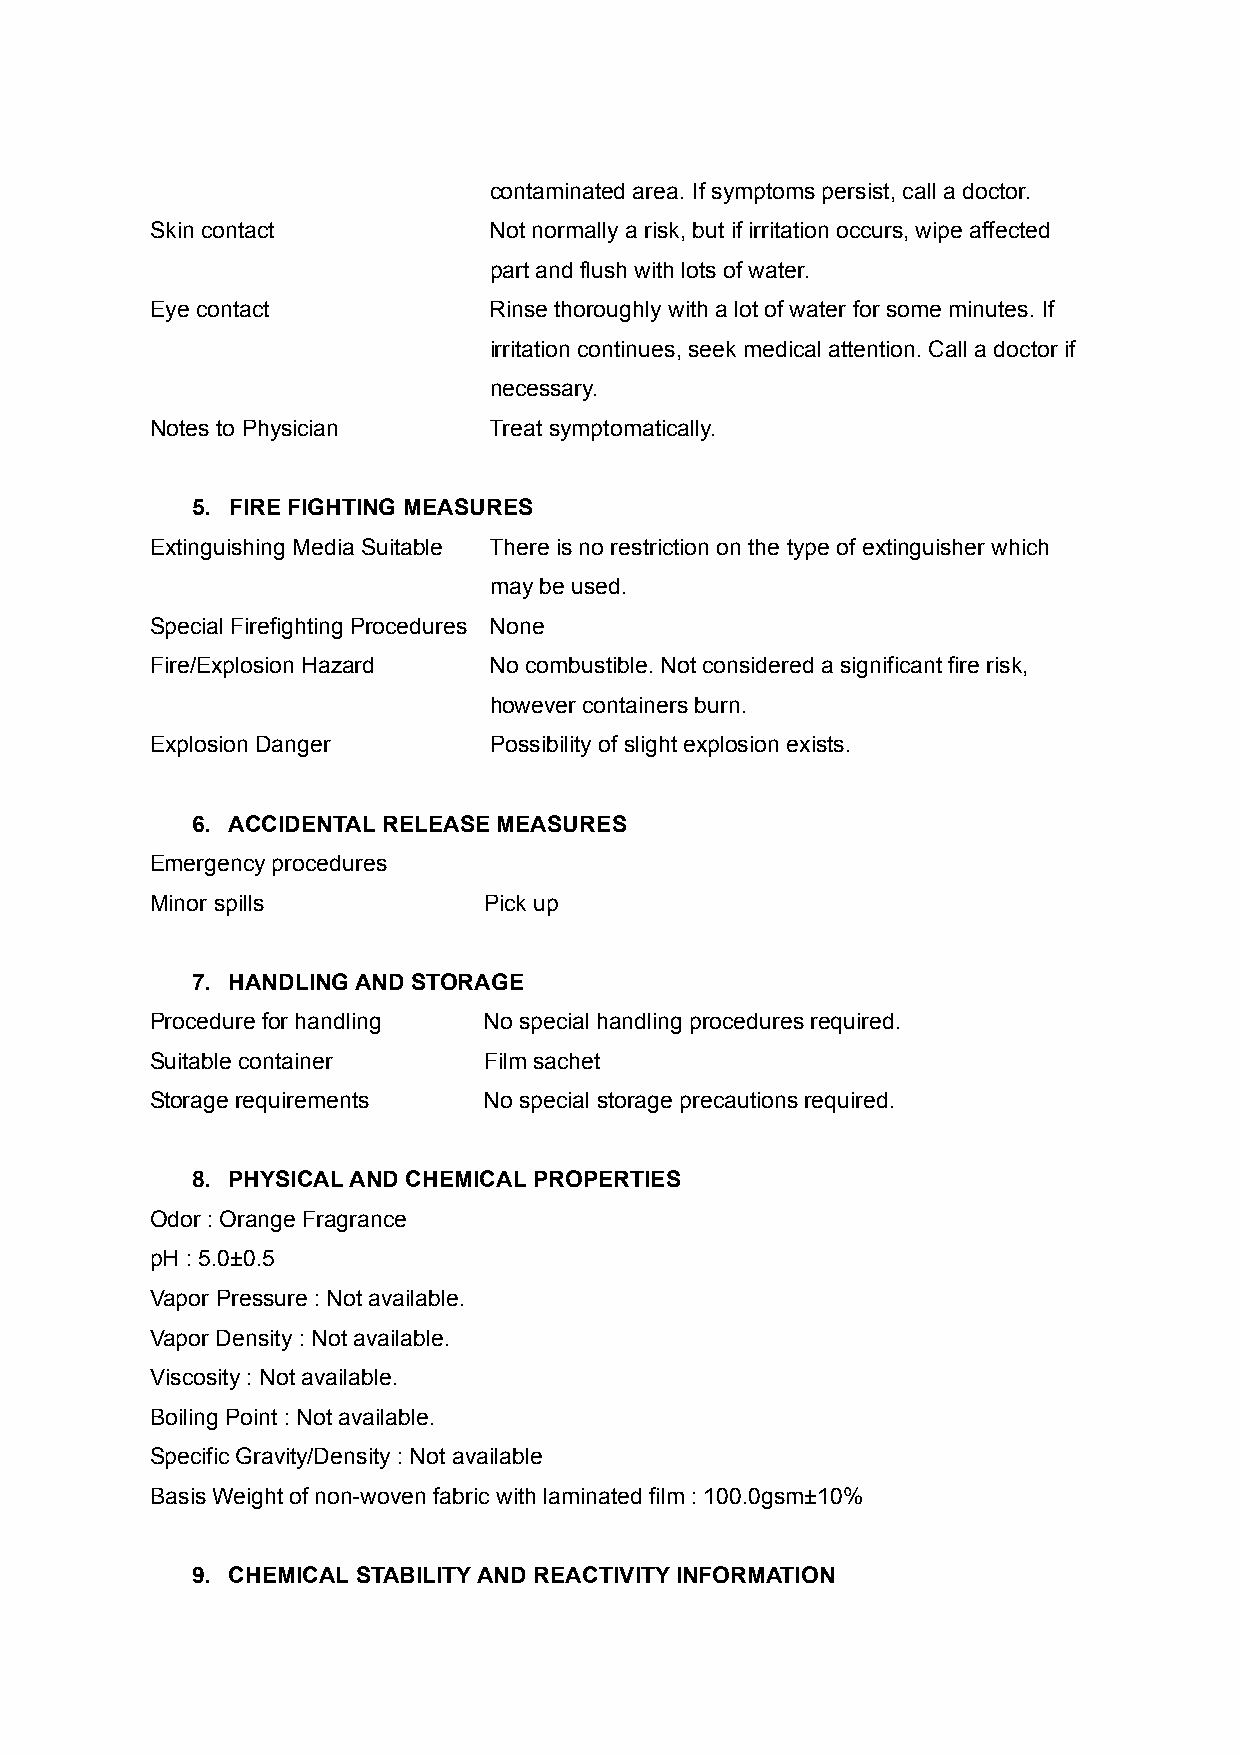
contaminated area. If symptoms persist, call a doctor.
 Skin contact          Not normally a risk, but if irritation occurs, wipe affected
 part and flush with lots of water.
 Eye contact           Rinse thoroughly with a lot of water for some minutes. If
 irritation continues, seek medical attention. Call a doctor if
 necessary.
 Notes to Physician    Treat symptomatically.
 5. FIRE FIGHTING MEASURES
 Extinguishing Media Suitable There is no restriction on the type of extinguisher which
 may be used.
 Special Firefighting Procedures None
 Fire/Explosion Hazard No combustible. Not considered a significant fire risk,
 however containers burn.
 Explosion Danger      Possibility of slight explosion exists.
 6. ACCIDENTAL RELEASE MEASURES
 Emergency procedures
 Minor spills          Pick up
 7. HANDLING AND STORAGE
 Procedure for handling No special handling procedures required.
 Suitable container    Film sachet
 Storage requirements  No special storage precautions required.
 8. PHYSICAL AND CHEMICAL PROPERTIES
 Odor : Orange Fragrance
 pH : 5.0±0.5
 Vapor Pressure : Not available.
 Vapor Density : Not available.
 Viscosity : Not available.
 Boiling Point : Not available.
 Specific Gravity/Density : Not available
 Basis Weight of non-woven fabric with laminated film : 100.0gsm±10%
 9. CHEMICAL STABILITY AND REACTIVITY INFORMATION